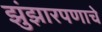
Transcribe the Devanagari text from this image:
झुंझारपणाचे